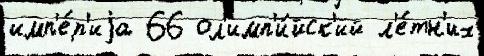
имп'е́р'иjа 66 ол'имп'и́йск'ий л'е́тн'их